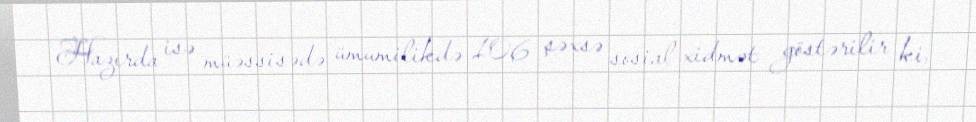
Hazırda isə müəssisədə ümumilikdə 106 şəxsə sosial xidmət göstərilir ki,